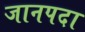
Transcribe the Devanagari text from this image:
जानपदा